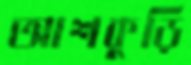
আশকুড়ি